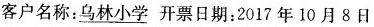
客户名称：\underline{乌林小学} 开票日期：2017年10月8日